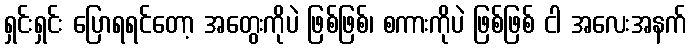
ရှင်းရှင်း ပြောရရင်တော့ အတွေးကိုပဲ ဖြစ်ဖြစ်၊ စကားကိုပဲ ဖြစ်ဖြစ် ငါ အလေးအနက်